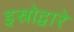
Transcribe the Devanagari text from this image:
इस्रोद्वारे